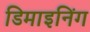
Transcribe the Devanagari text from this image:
डिमाइनिंग